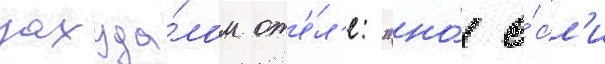
захуда́лом от'е́л'е: "но́ е́сл'и